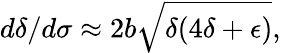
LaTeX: d\delta/d\sigma\approx 2b\sqrt{\delta(4\delta+\epsilon)},